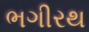
ભગીરથ